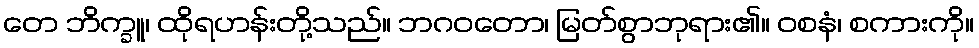
တေ ဘိက္ခူ၊ ထိုရဟန်းတို့သည်။ ဘဂဝတော၊ မြတ်စွာဘုရား၏။ ဝစနံ၊ စကားကို။